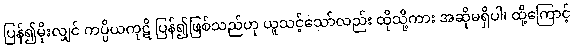
ပြန်၍မိုးလျှင် ကပ္ပိယကုဋိ ပြန်၍ဖြစ်သည်ဟု ယူသင့်သော်လည်း ထိုသို့ကား အဆိုမရှိပါ၊ ထို့ကြောင့်